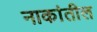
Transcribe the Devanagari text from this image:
नाकांतील